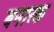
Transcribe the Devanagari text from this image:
बनारक